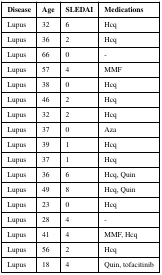
| Disease | Age | SLEDAI | Medications |
 | --- | --- | --- | --- |
 | Lupus | 32 | 6 | Hcq |
 | Lupus | 36 | 2 | Hcq |
 | Lupus | 66 | 0 | - |
 | Lupus | 57 | 4 | MMF |
 | Lupus | 38 | 0 | Hcq |
 | Lupus | 46 | 2 | Hcq |
 | Lupus | 32 | 2 | Hcq |
 | Lupus | 37 | 0 | Aza |
 | Lupus | 39 | 1 | Hcq |
 | Lupus | 37 | 1 | Hcq |
 | Lupus | 36 | 6 | Hcq, Quin |
 | Lupus | 49 | 8 | Hcq, Quin |
 | Lupus | 23 | 0 | Hcq |
 | Lupus | 28 | 4 | - |
 | Lupus | 41 | 4 | MMF, Hcq |
 | Lupus | 56 | 2 | Hcq |
 | Lupus | 18 | 4 | Quin, tofacitinib |